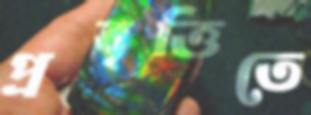
প্রবৃত্তিতে